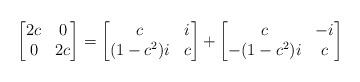
LaTeX: \begin{align*}\begin{bmatrix} 2c & 0 \\ 0 & 2c \\ \end{bmatrix}=\begin{bmatrix} c & i \\ (1-c^2)i & c \\ \end{bmatrix}+\begin{bmatrix} c & -i \\ -(1-c^2)i & c \\ \end{bmatrix}\end{align*}